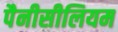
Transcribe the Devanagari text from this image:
पैनीसीलियम